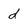
Character: d